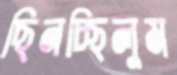
ছিনচ্ছিলুম